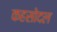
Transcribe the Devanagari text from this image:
कहसोदल